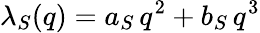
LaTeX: \lambda_{S}(q)=a_{S}\, q^{2}+b_{S}\, q^{3}